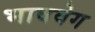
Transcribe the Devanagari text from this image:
भाववेग